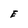
Character: E